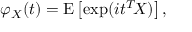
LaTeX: \varphi _ { X } ( t ) = \operatorname { E } \left[ \exp ( i t ^ { T } \! X ) \right] ,